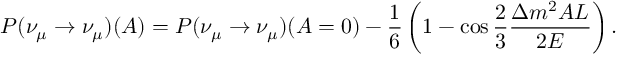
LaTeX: P ( \nu _ { \mu } \to \nu _ { \mu } ) ( A ) = P ( \nu _ { \mu } \to \nu _ { \mu } ) ( A = 0 ) - { \frac { 1 } { 6 } } \left( 1 - \cos { \frac { 2 } { 3 } } { \frac { \Delta m ^ { 2 } A L } { 2 E } } \right) .